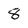
Character: 8